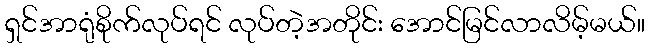
ရှင်အာရုံစိုက်လုပ်ရင် လုပ်တဲ့အတိုင်း အောင်မြင်လာလိမ့်မယ်။